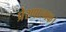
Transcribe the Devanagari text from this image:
प्रेरणात्मक।